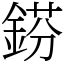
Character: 𨧼